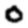
Digit: 0